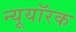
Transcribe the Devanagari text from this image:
न्यूयॉरक